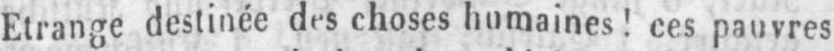
Etrange destinée des choses humaines! ces pauvres